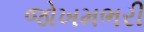
જોખમભરી